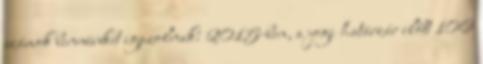
számok bennünket igazolnak: 2015-ben, a jogi határzár előtt 106